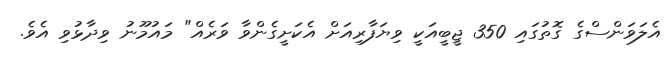
އެލަވަންސްގެ ގޮތުގައި 350 ޖީބީއަކީ ވިޔަފާރިއަށް އެކަށީގެންވާ ވަރެއް" މައުމޫނު ވިދާޅުވި އެވެ.